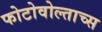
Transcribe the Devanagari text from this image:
फोटोवोल्ताच्स